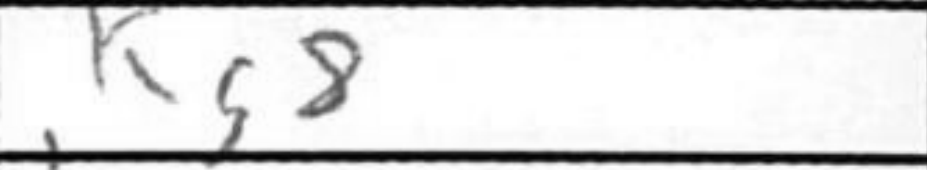
Transcription: Kg8